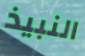
النبيذ